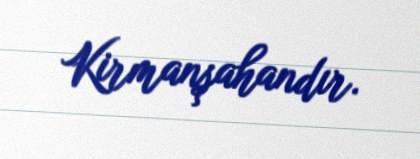
Kirmanşahandır.